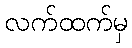
လက်ထက်မှ